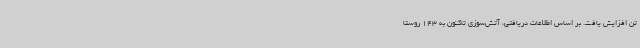
تن افزایش یافت. بر اساس اطلاعات دریافتی، آتش‌سوزی تاکنون به 143 روستا